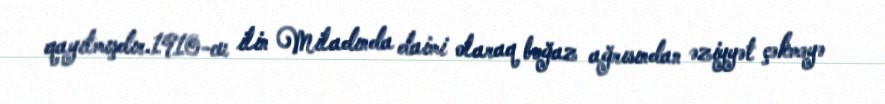
qayıtmışdır.1910-cu ilin Miladında daimi olaraq boğaz ağrısından əziyyət çəkməyə